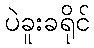
ပဲခူးခရိုင်